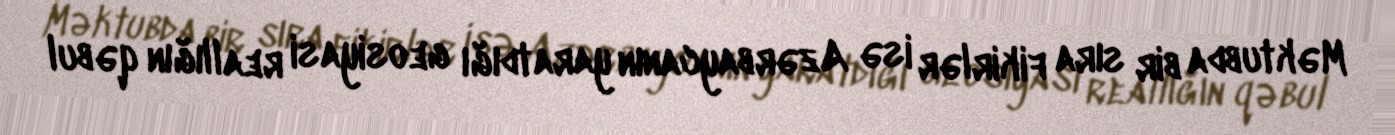
Məktubda bir sıra fikirlər isə Azərbaycanın yaratdığı geosiyasi reallığın qəbul